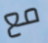
مع